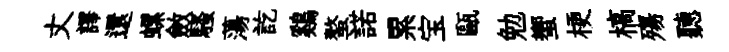
丈譯還螺斂騷蕩訖鷄螯諾累宝甌勉蠁梗槁殤聽